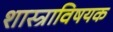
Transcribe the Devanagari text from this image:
शास्त्राविषयक